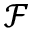
\mathcal { F }